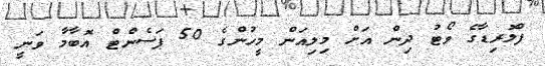
ފްލޮރިޑާގެ ވޯޓު ދިން އަށް މިލިއަން މީހުންގެ 50 ޕަސެންޓް އޮބާމާ ވަނީ